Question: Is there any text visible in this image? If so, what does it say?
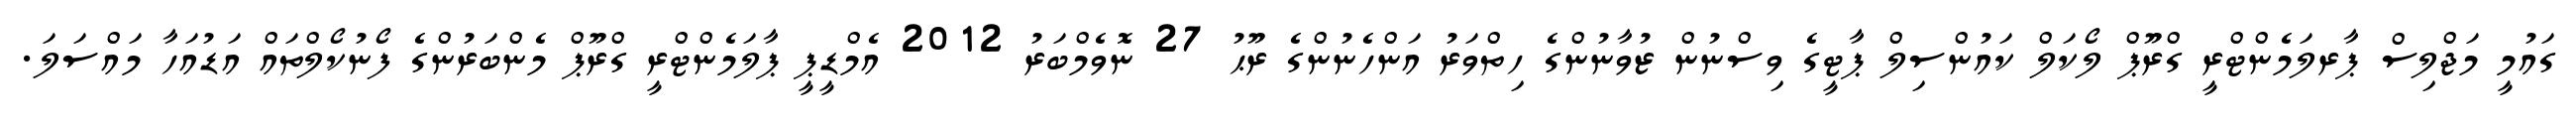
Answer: ގައުމީ މަޖްލިސް ޕާރލަމެންޓްރީ ގްރޫޕް ލޯކަލް ކައުންސިލް ޕާޓީގެ ވިސްނުން ޒުވާނުންގެ ހިތްވަރު އަންހެނުންގެ ރޫޙު 27 ނޮވެމްބަރު 2012 އެމްޑީޕީ ޕާލަމެންޓްރީ ގްރޫޕް މެންބަރުންގެ ފޯނުކޯލްތައް އަޑުއަހާ މައްސަލަ.